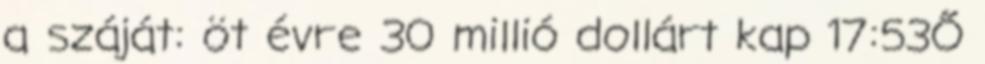
a száját: öt évre 30 millió dollárt kap 17:53Ő